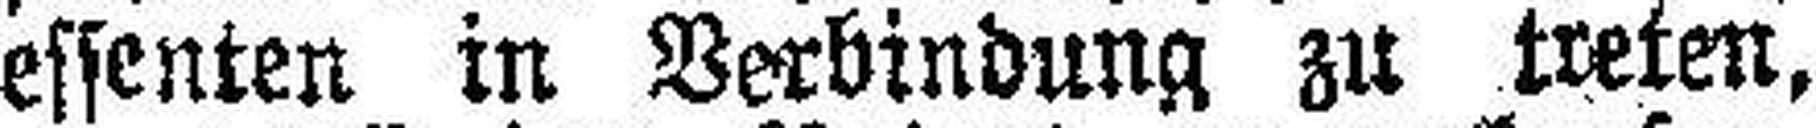
essenten in Verbindung zu treten,